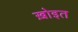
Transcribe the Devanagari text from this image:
ख़ोइत